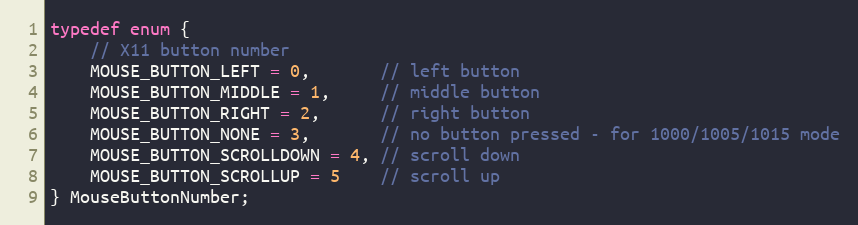
Language: C
typedef enum {
    // X11 button number
    MOUSE_BUTTON_LEFT = 0,       // left button
    MOUSE_BUTTON_MIDDLE = 1,     // middle button
    MOUSE_BUTTON_RIGHT = 2,      // right button
    MOUSE_BUTTON_NONE = 3,       // no button pressed - for 1000/1005/1015 mode
    MOUSE_BUTTON_SCROLLDOWN = 4, // scroll down
    MOUSE_BUTTON_SCROLLUP = 5    // scroll up
} MouseButtonNumber;